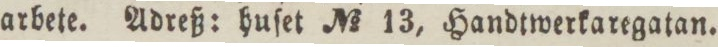
arbete. Adreß: huſet No 13, Handtwerkaregatan.